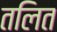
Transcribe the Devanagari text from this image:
तलित